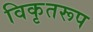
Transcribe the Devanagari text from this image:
विकृतरूप